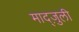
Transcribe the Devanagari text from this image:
माद्ज़ुली